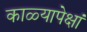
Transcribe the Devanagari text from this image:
काळ्यापेक्षां